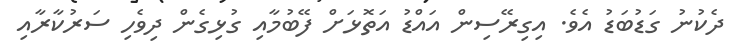
ދެކުނު ގަޑުބަޑު އެވެ. އިގިރޭސިން އައްޑު އަތޮޅަށް ފޭބުމާއި ގުޅިގެން ދިވެހި ސަރުކާރާއި